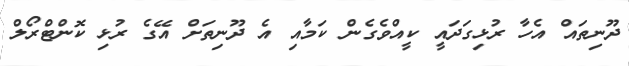
ދޫނިތައް އެހާ ރުޅިގަދައީ ކީއްވެގެން ކަމާއި އެ ދޫނިތަށް އޭގެ ރުޅި ކޮންޓްރޯލް